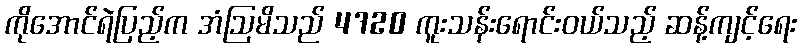
ကိုအောင်ရဲပြည့်က အံဩမိသည် 4720 ကူးသန်းရောင်းဝယ်သည့် ဆန့်ကျင့်ရေး